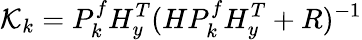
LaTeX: \mathcal{K}_{k}=P_{k}^{f}H_{y}^{T}(HP_{k}^{f}H_{y}^{T}+R)^{-1}